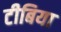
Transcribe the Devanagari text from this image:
टीबिया